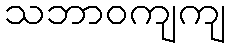
သဘာဝကျကျ